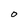
Character: O